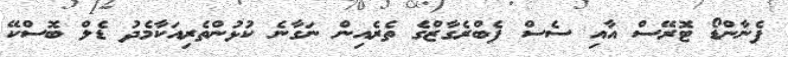
ފެނާންޑޯ ޓޮރޭސް އާއި ސެސް ފެބްރެގާޒްގެ ތެރެއިން ނަގާނެ ކުޅުންތެރިއަކާމެދު ޑެލް ބޮސްކޭ